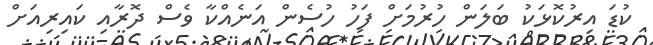
ކުޑަ އިރުކޮޅަކު ބަލަން ހުރުމަށް ފަހު ހުސެން އަނެއްކާ ވެސް ދޮރާއި ކައިރިއަށް